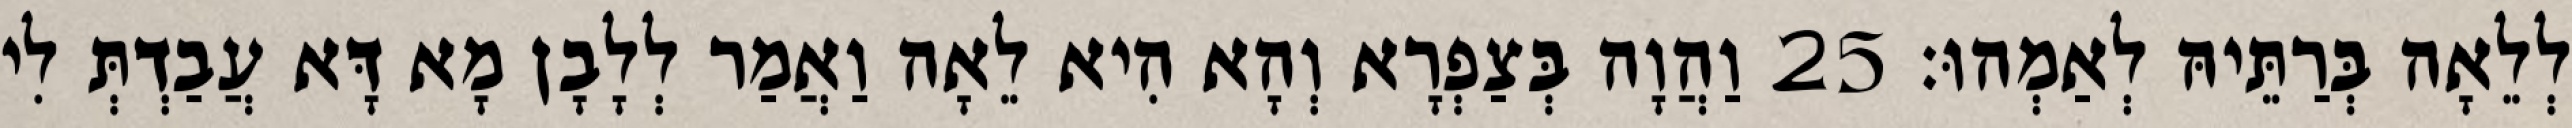
לְלֵאָה בְּרַתֵּיהּ לְאַמְהוּ׃ 25 וַהֲוָה בְּצַפְרָא וְהָא הִיא לֵאָה וַאֲמַר לְלָבָן מָא דָּא עֲבַדְתְּ לִי